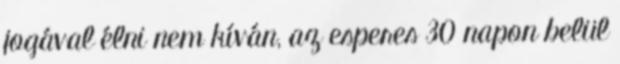
jogával élni nem kíván, az esperes 30 napon belül